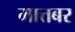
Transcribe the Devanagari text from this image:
मात्तबर